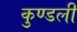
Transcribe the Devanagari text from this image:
कुण्डलीं